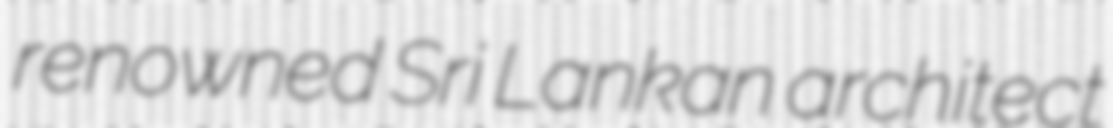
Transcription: renowned Sri Lankan architect